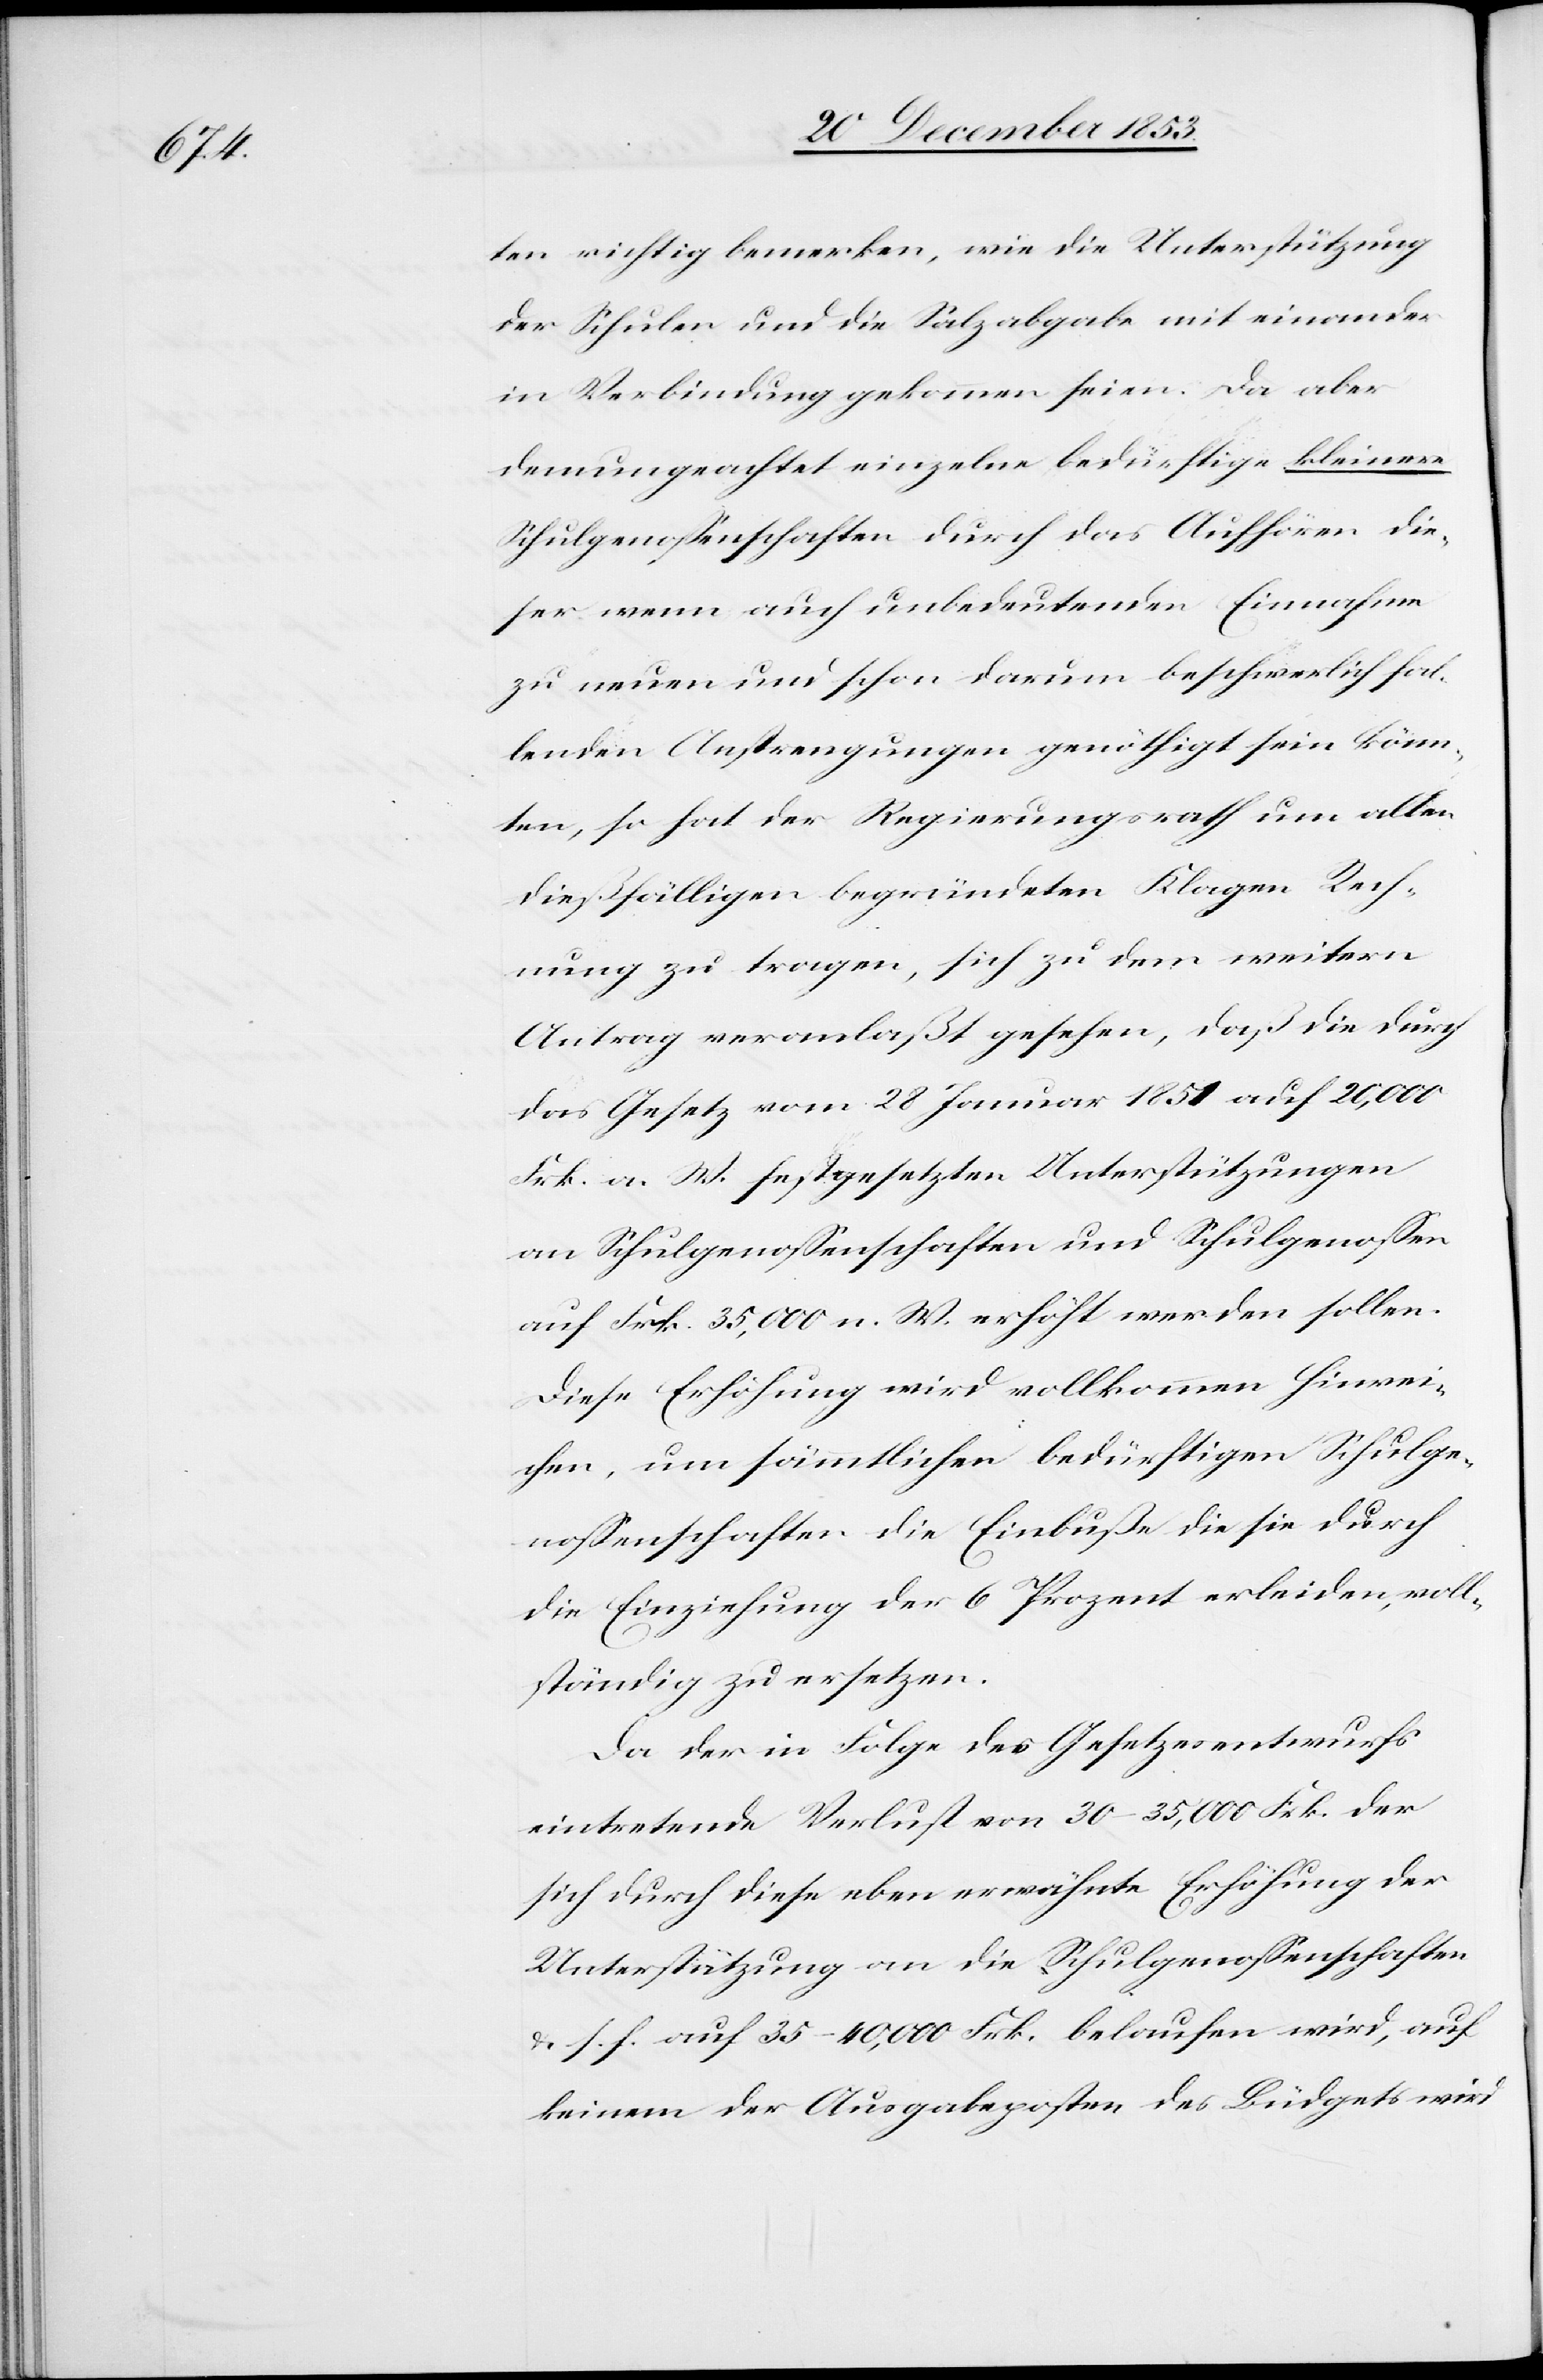
ten richtig bemerken, wie die Unterstützung
der Schulen und die Salzabgabe miteinander
in Verbindung gekommen seien. Da aber
demungeachtet einzelne bedürftige kleinere
Schulgenoßenschaften durch das Aufhören die¬
ser wenn auch unbedeutenden Einnahme
zu neuen und schon darum beschwerlich fal¬
lenden Anstrengungen genöthigt sein könn¬
ten, so hat der Regierungsrath um allen
dießfälligen begründeten Klagen Rech¬
nung zu tragen, sich zu dem weitern
Antrag veranlaßt gesehen, daß die durch
das Gesetz vom 28 Januar 1851 auf 20,000
Frk. a. W. festgesetzten Unterstützungen
an Schulgenoßenschaften und Schulgenoßen
auf Frk. 35,000 n. W. erhöht werden sollen.
Diese Erhöhung wird vollkommen hinrei¬
chen, um sämmtlichen bedürftigen Schulge¬
noßenschaften die Einbuße die sie durch
die Einziehung der 6 Prozent erleiden, voll¬
ständig zu ersetzen.
Da der in Folge des Gesetzesentwurfs
eintretende Verlust von 30–35000 Frk. der
sich durch diese eben erwähnte Erhöhung der
Unterstützung an die Schulgenoßenschaften
u. s. f. auf 35–40,000 Frk. belaufen wird, auf
keinem der Ausgabeposten des Büdgets wird